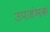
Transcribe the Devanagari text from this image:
उपजंभक